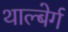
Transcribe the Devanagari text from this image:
थाल्बेर्ग